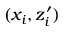
( x _ { i } , z _ { i } ^ { \prime } )